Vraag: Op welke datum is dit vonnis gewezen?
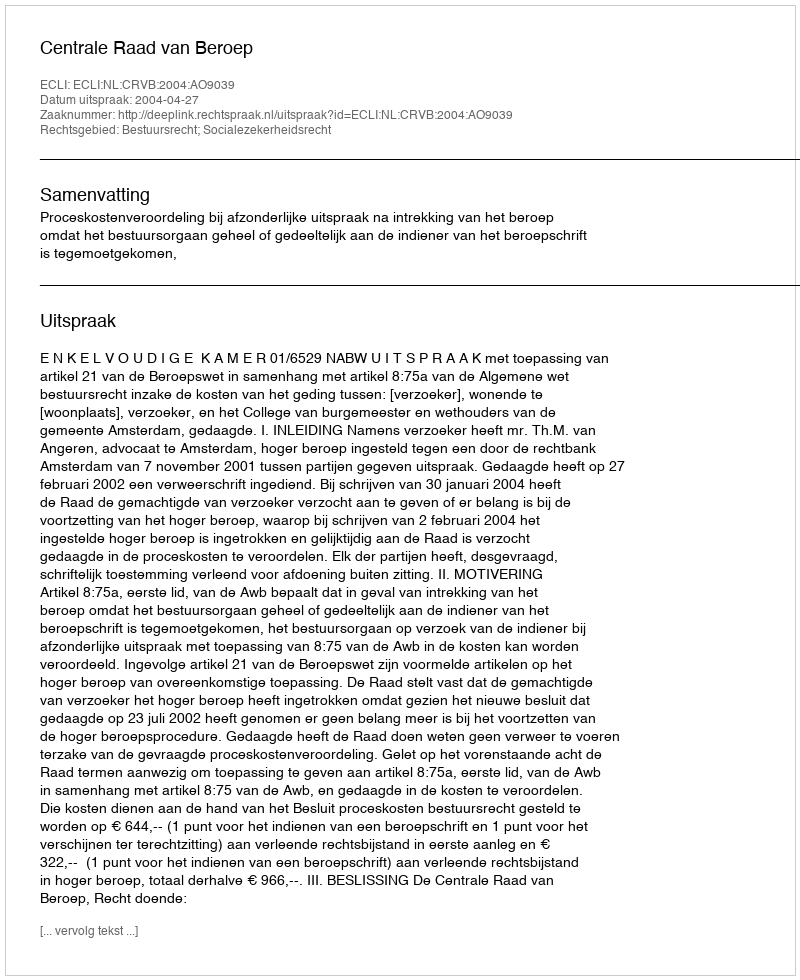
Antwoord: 2004-04-27